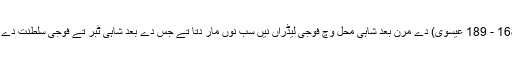
مہاراجہ لنگ (168 - 189 عیسوی) دے مرن بعد شاہی محل وچ فوجی لیڈراں نيں سب نوں مار دتا تے جس دے بعد شاہی ٹبر تے فوجی سلطنت دے ٹوٹے کر سکے۔